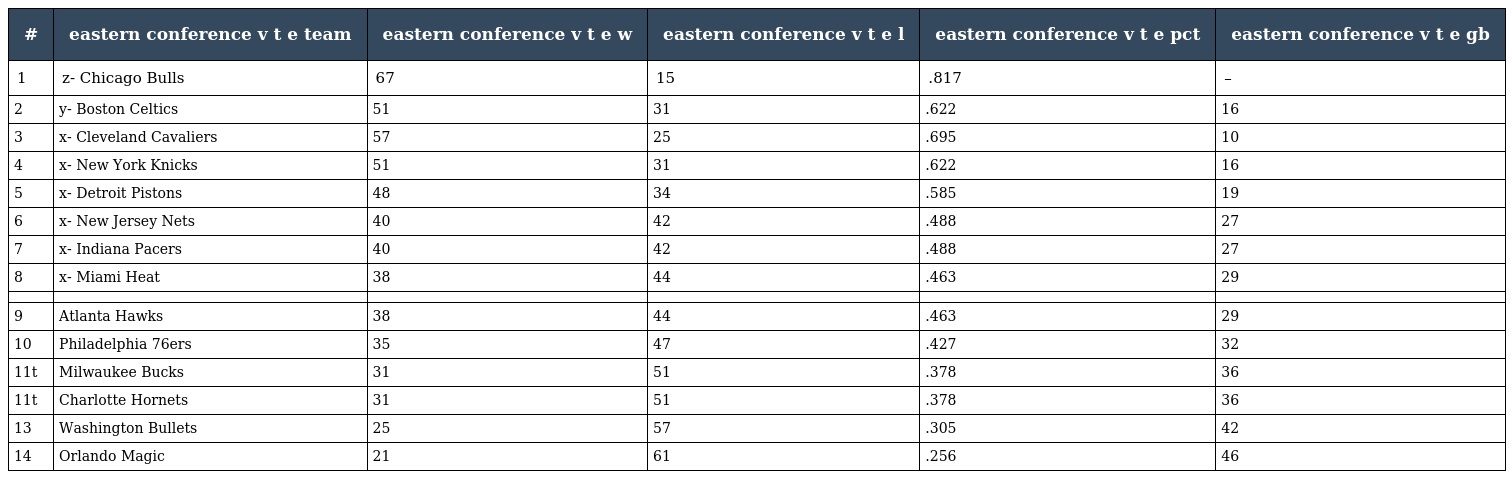
| # | eastern conference v t e team | eastern conference v t e w | eastern conference v t e l | eastern conference v t e pct | eastern conference v t e gb |
 | --- | --- | --- | --- | --- | --- |
 | 1 | z- Chicago Bulls | 67 | 15 | .817 | – |
 | 2 | y- Boston Celtics | 51 | 31 | .622 | 16 |
 | 3 | x- Cleveland Cavaliers | 57 | 25 | .695 | 10 |
 | 4 | x- New York Knicks | 51 | 31 | .622 | 16 |
 | 5 | x- Detroit Pistons | 48 | 34 | .585 | 19 |
 | 6 | x- New Jersey Nets | 40 | 42 | .488 | 27 |
 | 7 | x- Indiana Pacers | 40 | 42 | .488 | 27 |
 | 8 | x- Miami Heat | 38 | 44 | .463 | 29 |
 |  |  |  |  |  |  |
 | 9 | Atlanta Hawks | 38 | 44 | .463 | 29 |
 | 10 | Philadelphia 76ers | 35 | 47 | .427 | 32 |
 | 11t | Milwaukee Bucks | 31 | 51 | .378 | 36 |
 | 11t | Charlotte Hornets | 31 | 51 | .378 | 36 |
 | 13 | Washington Bullets | 25 | 57 | .305 | 42 |
 | 14 | Orlando Magic | 21 | 61 | .256 | 46 |